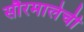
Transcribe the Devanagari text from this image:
सौरमालेची